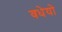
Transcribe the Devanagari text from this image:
वधेयो